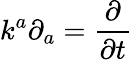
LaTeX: k^{a}\partial_{a}={\frac{\partial}{\partial t}}